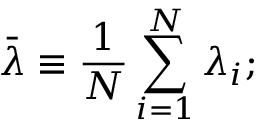
\bar { \lambda } \equiv \frac { 1 } { N } \sum _ { i = 1 } ^ { N } \lambda _ { i } ;